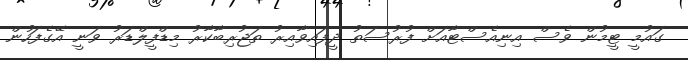
ގައުމީ ޓީމުން ވެސް އިނިއެސްޓާއަށް ފުރުސަތު ދީފައިވާއިރު ތަޖުރިބާކާރު މިޑްފީލްޑަރު ވަނީ އޭގެފަހުން